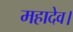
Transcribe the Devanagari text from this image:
महादेव।